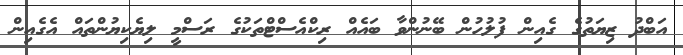
އަބްދު ޒިޔަތުގެ ގެއިން ފުލުހުން ބޭނުންވާ ބައެއް ރިކްއެސްޓްތަކުގެ ރަސްމީ ލިޔެކިޔުންތައް އެގެއިން